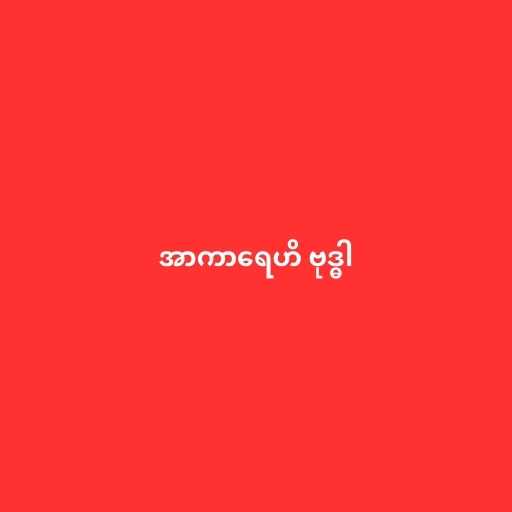
အာကာရေဟိ ဗုဒ္ဓါ